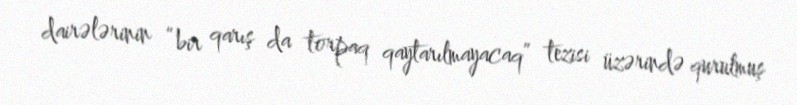
dairələrinin “bir qarış da torpaq qaytarılmayacaq” tezisi üzərində qurulmuş